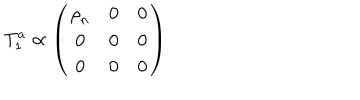
T _ { 1 } ^ { a } \propto \left( \begin{matrix} { { { \bf \rho } _ { n } } } & { { { \bf 0 } } } & { { 0 } } \\ { { { \bf 0 } } } & { { { \bf 0 } } } & { { 0 } } \\ { { 0 } } & { { 0 } } & { { 0 } } \\ \end{matrix} \right)